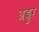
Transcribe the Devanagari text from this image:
अङ्कुर